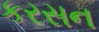
કરસન